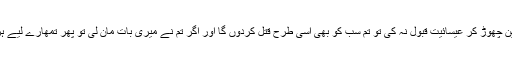
بادشاہ نے کہا اگر تم نے اپنا دین چھوڑ کر عیسائیت قبول نہ کی تو تم سب کو بھی اسی طرح قتل کردوں گا اور اگر تم نے میری بات مان لی تو پھر تمھارے لیے ہر طرح کا اعزاز و اکرام ہوگا ۔